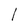
Character: l